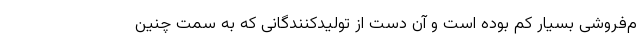
م‌فروشی بسیار کم بوده است و آن دست از تولیدکنندگانی که به سمت چنین